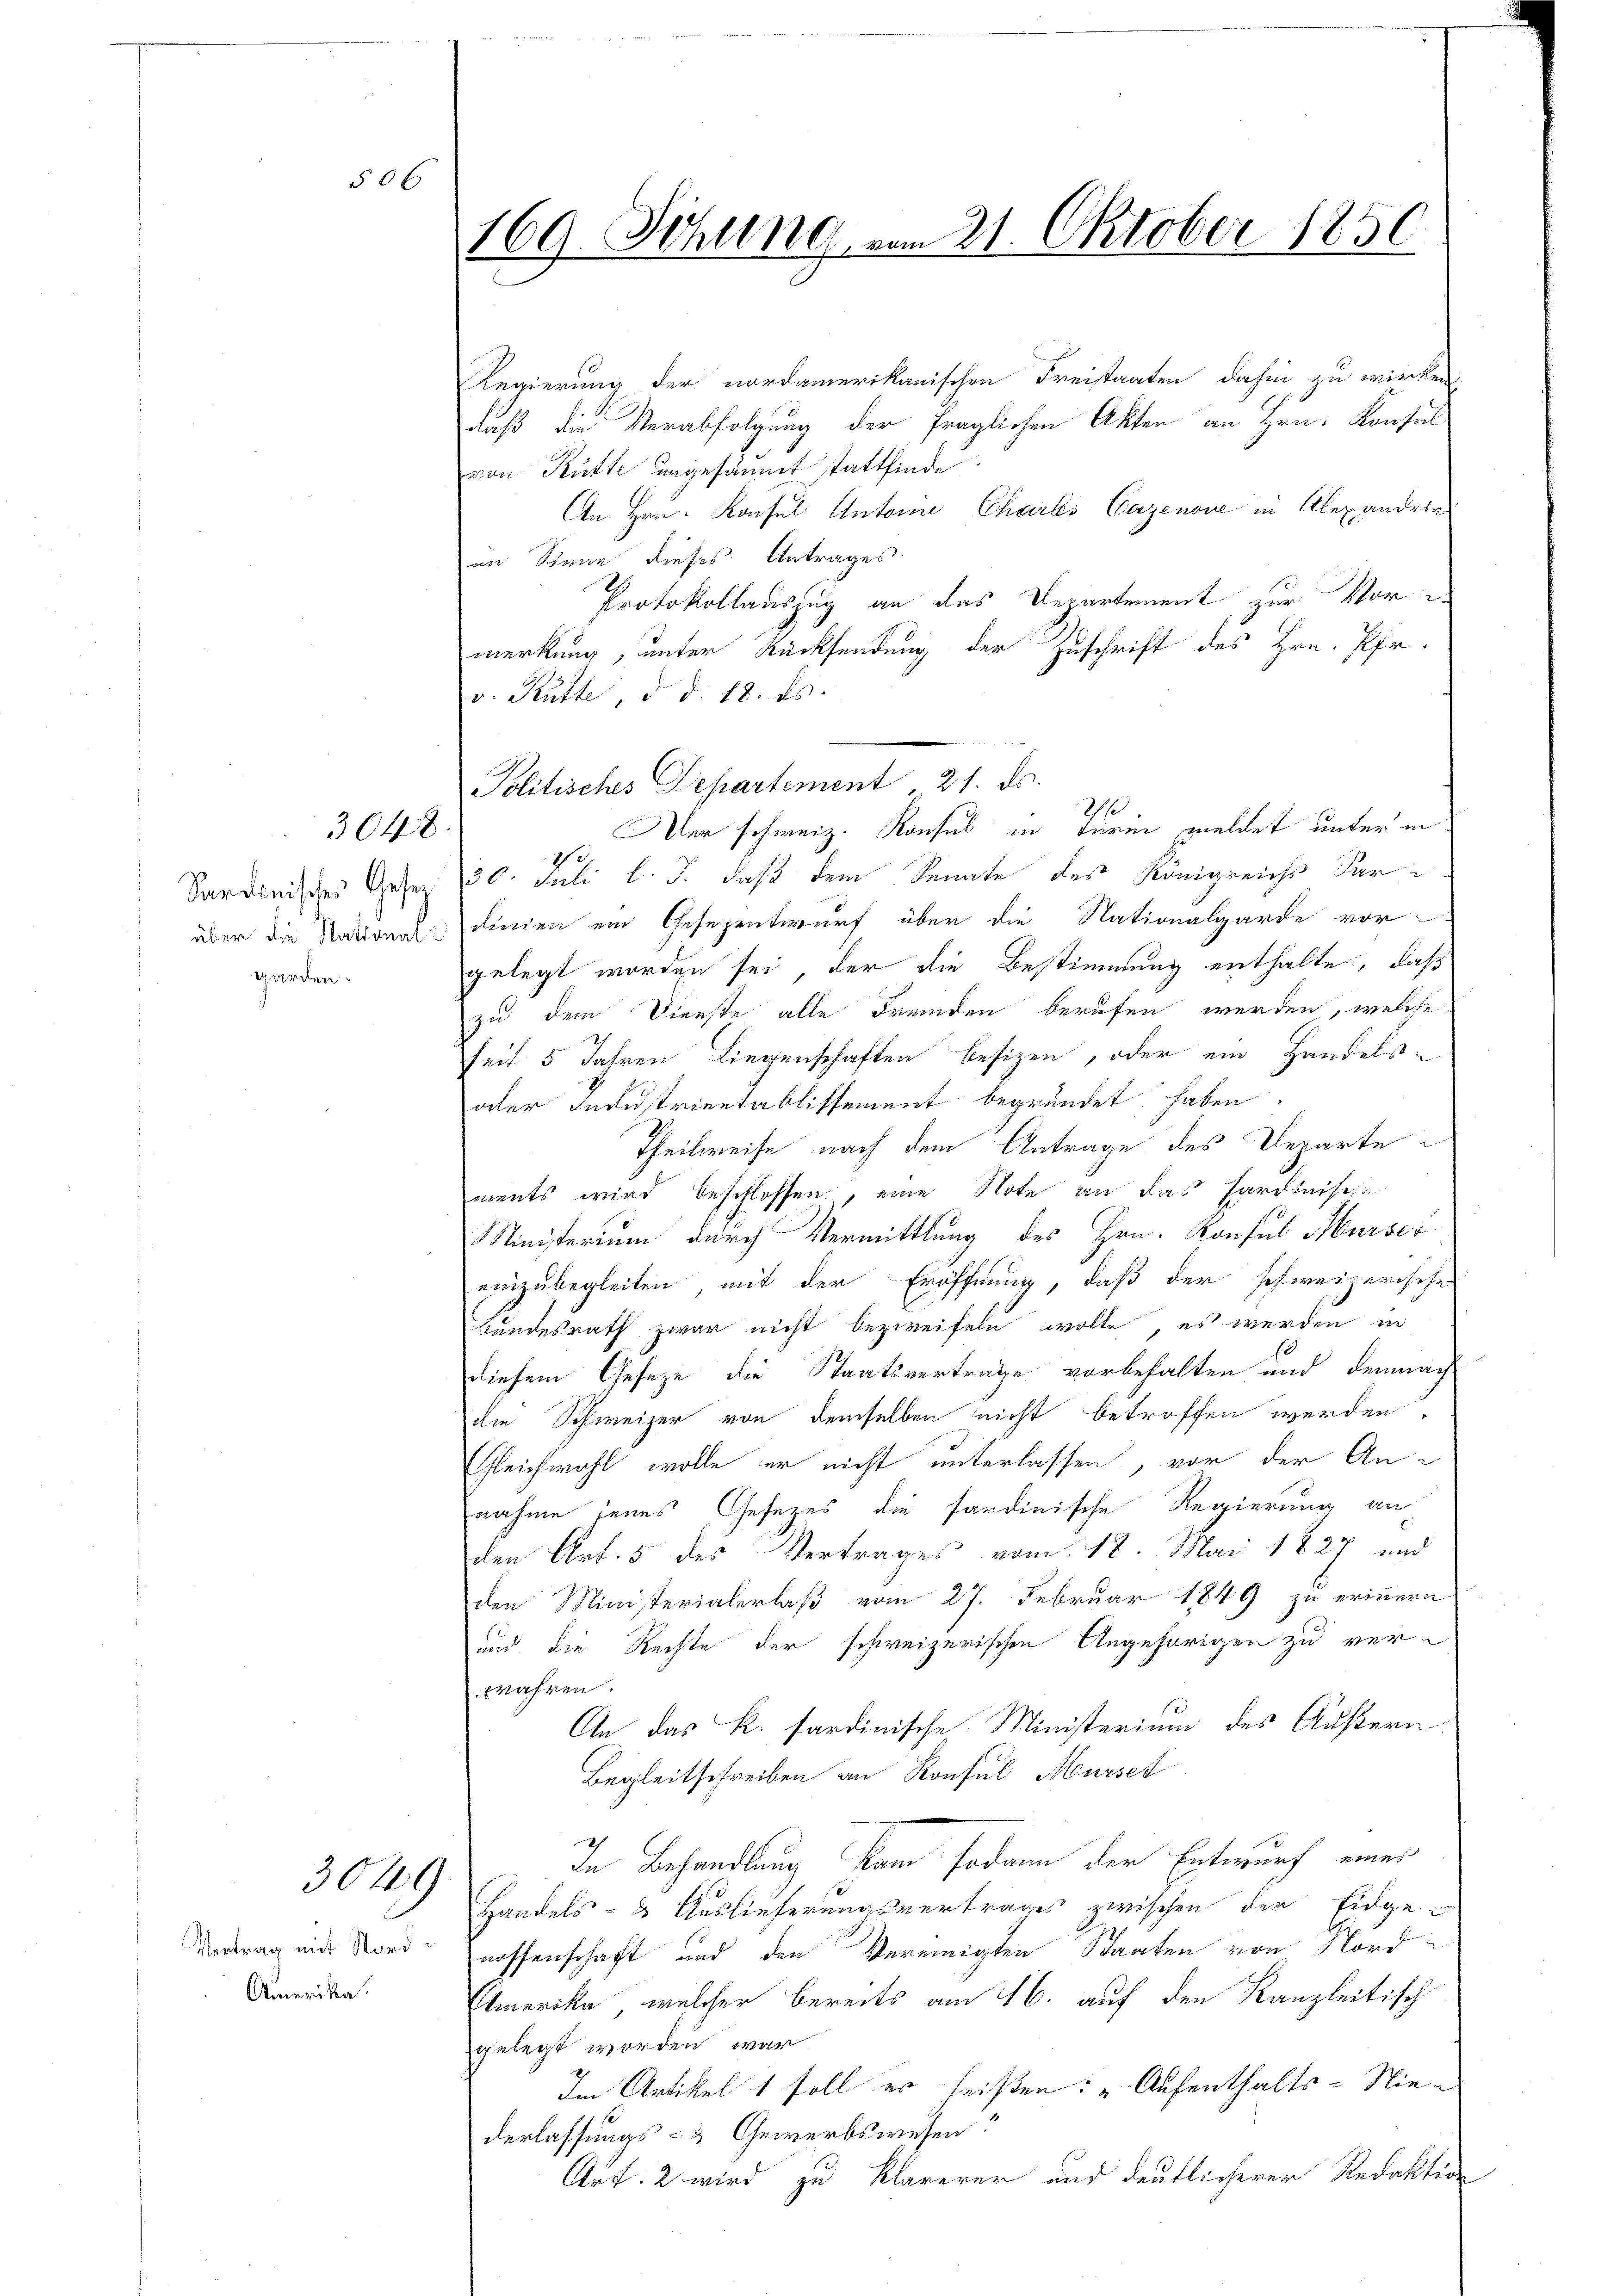
Sardinischen Gesetgarden.

506

3048.

3049.

Vertrag mit Nord¬
Amerika.

169. Sitzung vom 21. Oktober 1850

Regierung der nordamerikanischen Freistaaten dahin zu wirken
daß die Verabfolgung der fraglichen Akten an Hrn. Konfel
von Kutte angesäumt stattfinde
An Hrn. Konsul Antonie Charls Cazenone in Alexandrin
en Sinne dieses Antrages.
Protokollauszug an das Departement zur Vormerkung, unter Rücksendung der Zuschrift des Hrn. Pfr.
v. Rütte, d. d. 18. ds.
Politisches Departement, 21. ds.
er schweiz. Konsul in Turin meldet unter in
2
30. Juli l. J. daß dem Senate des Königreichs Sar-
über die Nationes Schinen ein Gesezentwurf über die Nationalgarde vor
gelegt worden sei, der die Bestimmung enthalte, daß
zu dem Dienste alle Fremden berufen werden, welche
seit 5 Jahren Liegenschaften besizen, oder ein Handels-
oder Industrientablissement begründet haben.
Theilweise nach dem Antrage des Departe
ments wird beschlossen, eine Note an das Hardinis¬
Ministerium durch Vermittlung des Hrn. Konsul Murser
einzubegleiten, mit der Eröffnung, daß der schweizerischen
Bundesrath zwar nicht bezweifeln wolle, es werden in
diesem Gesetze die Staatsvertrage vorbehalten und demnach
die Schweizer von demselben nicht betroffen werden,
Gleichwohl wolle er nicht unterlassen, vor der An-
nahme jenes Gesezes die sardinische Regierung an
den Art. 5 des Vertrages vom 18. Mai 1827 und
den Ministerialerlaß vom 27. Februar 1849 zu erinnern
und die Rechte der schweizerischen Angehörigen zu verwahren.
An das K. sardinische Ministerium des Äußern
Begleitschreiben an Konsul Musset
In Behandlung kam sodann der Entwurf eines
Handels- & Auslieferungsvertrages zwischen der Eidge-
nossenschaft und den Vereinigten Staaten von Nord
Amerika, welcher bereits am 16. auf den Kanzleitisch
gelegt worden war
Im Artikelt soll er heißen: „Aufenthalts-Niederlassungs- & Gewerbswesen:
Art. 2 wird zu klarerer und deutlicherer Redakter